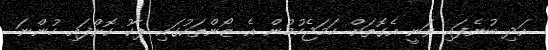
އަދި ބުނެފައި ވަނީ އެގޮތަށް ހަމަޖެހުމުން އެ ޒޯންތަކުގައި ޕާކު ކޮށްފައި ހުންނަ